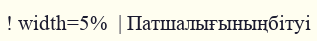
! width=5%  | Патшалығыныңбітуі